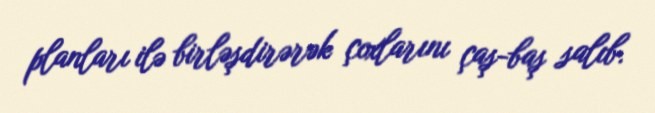
planları ilə birləşdirərək çoxlarını çaş-baş salıb.